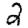
Digit: 2